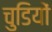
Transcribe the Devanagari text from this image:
चुडियों